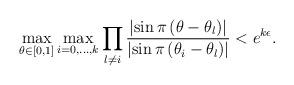
LaTeX: \begin{align*}\max _{\theta \in[0,1]} \max _{i=0, \ldots, k} \prod_{l \neq i} \frac{\left|\sin \pi\left(\theta-\theta_{l}\right)\right|}{\left|\sin \pi\left(\theta_{i}-\theta_{l}\right)\right|}<e^{k \epsilon}.\end{align*}